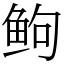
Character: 𬶋